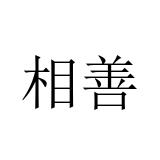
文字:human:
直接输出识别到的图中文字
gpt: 相善